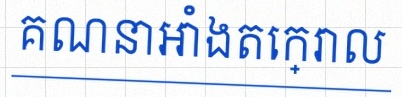
គណនាអាំងតេក្រាល